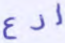
ادع